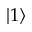
| 1 \rangle